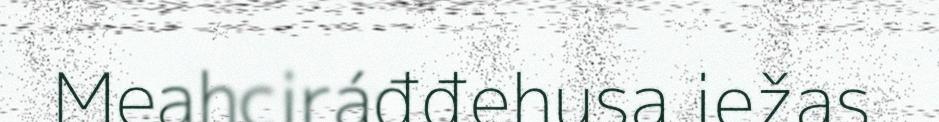
Meahciráđđehusa iežas